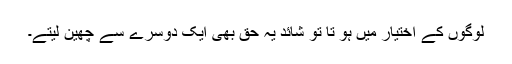
لوگوں کے اختیار میں ہو تا تو شائد یہ حق بھی ایک دوسرے سے چھین لیتے۔